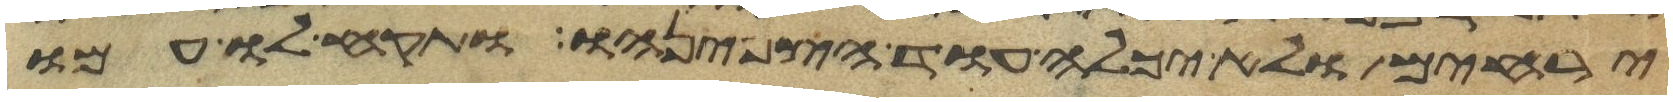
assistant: ירחים ולא יכלה עוד הצפנהו ותקח לו אמו